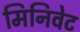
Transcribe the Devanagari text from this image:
मिनिवेट